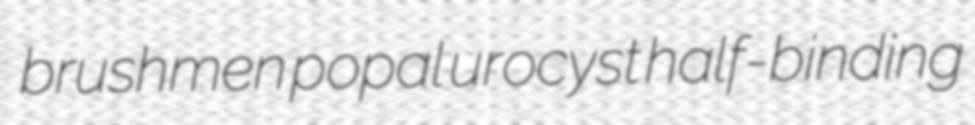
brushmen popal urocyst half-binding